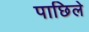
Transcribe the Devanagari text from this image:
पाछिले